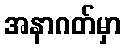
အနာဂတ်မှာ